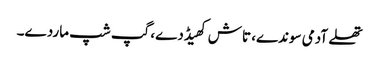
تھلے آدمی سوندے، تاش کھیڈدے، گپ شپ ماردے۔